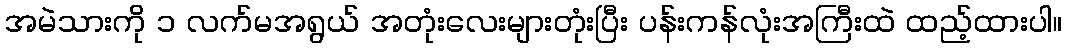
အမဲသားကို ၁ လက်မအရွယ် အတုံးလေးများတုံးပြီး ပန်းကန်လုံးအကြီးထဲ ထည့်ထားပါ။